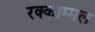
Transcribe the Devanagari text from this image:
रक्काम्मल